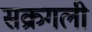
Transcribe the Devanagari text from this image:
सक्रगली